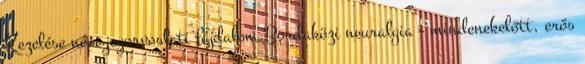
Kezelése népi jogorvoslati fájdalom Bordaközi neuralgia - mindenekelőtt, erős